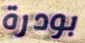
بودرة